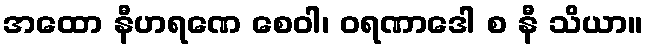
အထော နီဟရဏေ စေဝါ၊ ဝရဏာဒေါ စ နီ သိယာ။